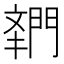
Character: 𬮌